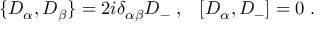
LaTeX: \{ D _ { \alpha } , D _ { \beta } \} = 2 i \delta _ { \alpha \beta } D _ { - } \; , \; \; \; [ D _ { \alpha } , D _ { - } ] = 0 \; .